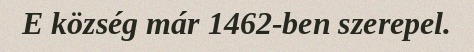
E község már 1462-ben szerepel.